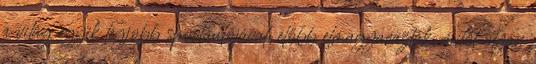
a világ egyik legjobb sportautójával, előbb elmagyarázták, mitől olyan